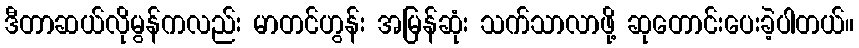
ဒီတာဆယ်လိုမွန်ကလည်း မာတင်ဟွန်း အမြန်ဆုံး သက်သာလာဖို့ ဆုတောင်းပေးခဲ့ပါတယ်။